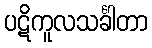
ပဋိကူလသင်္ခါတာ